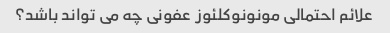
علائم احتمالی مونونوکلئوز عفونی چه می تواند باشد؟